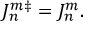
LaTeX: { \cal J } _ { n } ^ { m } { } ^ { \ddag } = { \cal J } _ { n } ^ { m } .